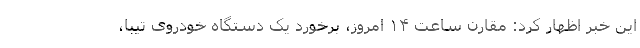
این خبر اظهار کرد: مقارن ساعت ۱۴ امروز، برخورد یک دستگاه خودروی تیبا،